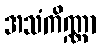
အသံကိဏ္ဏာ